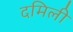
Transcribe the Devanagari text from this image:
दमिली